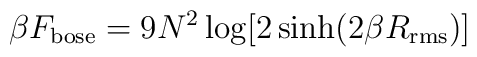
\beta F_{\rm bose} = 9 N^2 \log [2\sinh(2 \beta R_{\rm rms})]